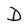
Character: D